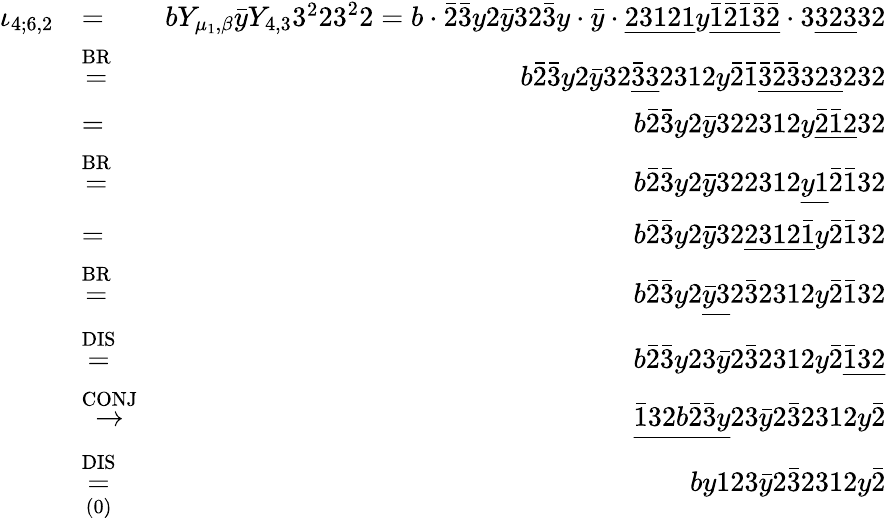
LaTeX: \begin{array}{rlr}{\iota_{4;6,2}}&{=}&{bY_{\mu_{1},\beta}\bar{y}Y_{4,3}3^{2}23^{2}2=b\cdot\bar{2}\bar{3}y2\bar{y}32\bar{3}y\cdot\bar{y}\cdot\underline{{23121}}y\underline{{\bar{1}\bar{2}\bar{1}\bar{3}\bar{2}}}\cdot 3\underline{{323}}32}\\ &{\stackrel{\mathrm{BR}}{=}}&{b\bar{2}\bar{3}y2\bar{y}32\underline{{\bar{3}3}}2312y\bar{2}\bar{1}\underline{{\bar{3}\bar{2}\bar{3}323}}232}\\ &{=}&{b\bar{2}\bar{3}y2\bar{y}322312y\underline{{\bar{2}\bar{1}2}}32}\\ &{\stackrel{\mathrm{BR}}{=}}&{b\bar{2}\bar{3}y2\bar{y}322312\underline{{y1}}\bar{2}\bar{1}32}\\ &{=}&{b\bar{2}\bar{3}y2\bar{y}32\underline{{2312\bar{1}}}y\bar{2}\bar{1}32}\\ &{\stackrel{\mathrm{BR}}{=}}&{b\bar{2}\bar{3}y2\underline{{\bar{y}3}}2\bar{3}2312y\bar{2}\bar{1}32}\\ &{\stackrel{\mathrm{DIS}}{=}}&{b\bar{2}\bar{3}y23\bar{y}2\bar{3}2312y\bar{2}\underline{{\bar{1}32}}}\\ &{\stackrel{\mathrm{CONJ}}{\to}}&{\underline{{\bar{1}32b\bar{2}\bar{3}y}}23\bar{y}2\bar{3}2312y\bar{2}}\\ &{\overset{\mathrm{DIS}}{\underset{\mathrm{(0)}}{=}}}&{by123\bar{y}2\bar{3}2312y\bar{2}}\end{array}